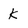
Character: k